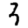
Digit: 3